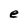
Character: e